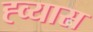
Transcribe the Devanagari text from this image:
ह्व्यास